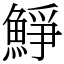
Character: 䱢